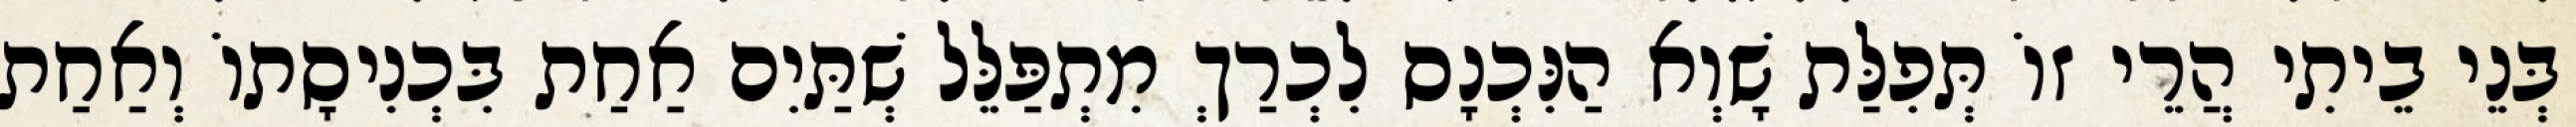
בְּנֵי בֵיתִי הֲרֵי זוֹ תְּפִלַּת שָׁוְא הַנִּכְנָס לִכְרַךְ מִתְפַּלֵּל שְׁתַּיִם אַחַת בִּכְנִיסָתוֹ וְאַחַת